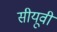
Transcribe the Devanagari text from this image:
सीयूवी